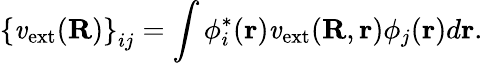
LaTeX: {\displaystyle\left\{ \mathit{v}_{\mathrm{{ext}}}({\mathbf{R}})\right\} _{ij}=\int\phi_{i}^{*}({\mathbf{r}})\mathit{v}_{\mathrm{{ext}}}({\mathbf{R}},{\mathbf{r}})\phi_{j}({\mathbf{r}})d{\mathbf{r}}}.